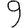
Digit: 9